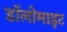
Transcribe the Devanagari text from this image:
डॉलोमाइट